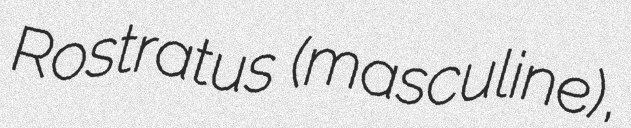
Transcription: Rostratus (masculine),